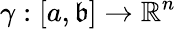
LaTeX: \gamma:[a,\mathfrak{b}]\rightarrow\mathbb{{R}}^{n}